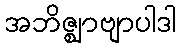
အဘိဇ္ဈာဗျာပါဒါ